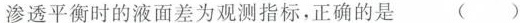
渗透平衡时的液面差为观测指标，正确的是 ( )